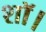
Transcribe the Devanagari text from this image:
शॉ।